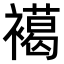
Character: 𧝶